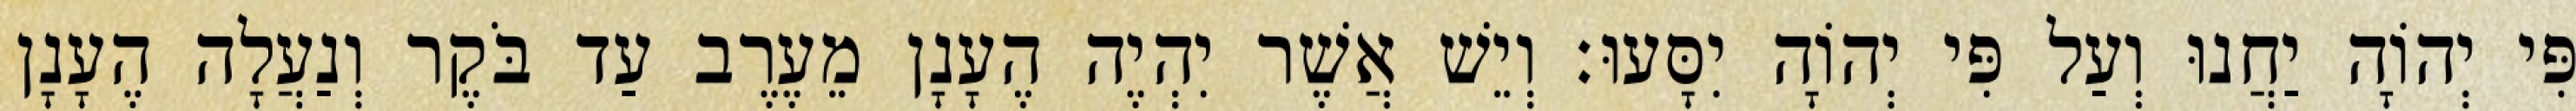
פִּי יְהוָֹה יַחֲנוּ וְעַל פִּי יְהוָֹה יִסָּעוּ׃ וְיֵשׁ אֲשֶׁר יִהְיֶה הֶעָנָן מֵעֶרֶב עַד בֹּקֶר וְנַעֲלָה הֶעָנָן